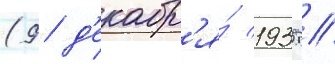
(9 д'екабр'я́ 1935 /